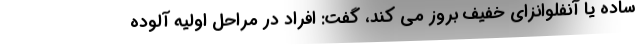
ساده یا آنفلوانزای خفیف بروز می کند، گفت: افراد در مراحل اولیه آلوده